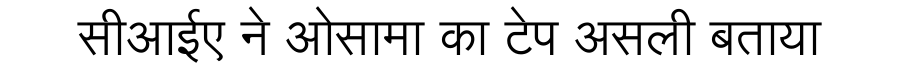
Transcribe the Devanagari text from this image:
सीआईए ने ओसामा का टेप असली बताया